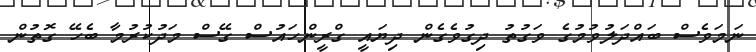
ނަމަވެސް ބައްދަލުވުމުގެ ވަގުތު ދިގުވެގެން ދިޔައީ ގްރީންހައުސް ގޭސް މަދުކުރުމާ ބެހޭ ގޮތުން